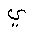
Letter: _ya